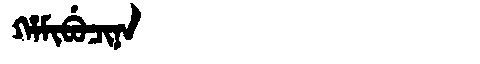
Manchu: ᡥᠠᠮᡳᠪᡠᠴᡳᠨᠠ
Romanization: HAMIBUCINA